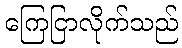
ကြေငြာလိုက်သည်